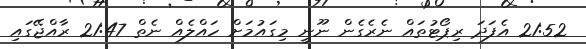
21:52 އެފަދަ ރިޕޯޓުތައް ނެރެގެން ނޫނީ މިގައުމަށް ހައްލެއް ނެތް 21:47 ރާއްޖޭގައި